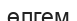
өлгем